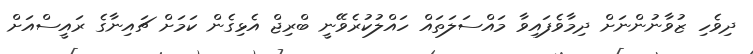
ދިވެހި ޒުވާނުންނަށް ދިމާވެފައިވާ މައްސަލަތައް ހައްލުކުރެވޭނީ ބްރިޖް އެޅިގެން ކަމަށް ޗައިނާގެ ރައީސްއަށް